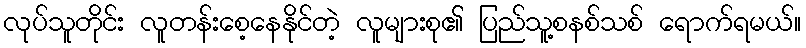
လုပ်သူတိုင်း လူတန်းစေ့နေနိုင်တဲ့ လူများစု၏ ပြည်သူ့စနစ်သစ် ရောက်ရမယ်။